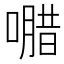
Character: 𭊸